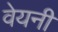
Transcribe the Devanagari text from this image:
वेयनी